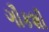
ગૌકશી